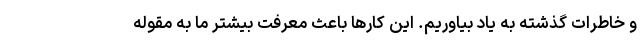
و خاطرات گذشته به یاد بیاوریم. این کارها باعث معرفت بیشتر ما به مقوله